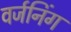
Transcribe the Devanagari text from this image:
वर्जनिंग